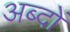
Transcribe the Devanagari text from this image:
अब्दों